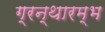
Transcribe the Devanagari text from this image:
ग्रन्थारम्भ